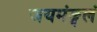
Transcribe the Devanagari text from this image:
जयमंङ्गलं